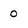
Character: o